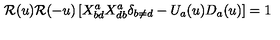
{ \cal R } ( u ) { \cal R } ( - u ) \left[ X _ { b d } ^ { a } X _ { d b } ^ { a } \delta _ { b \neq d } - U _ { a } ( u ) D _ { a } ( u ) \right] = 1